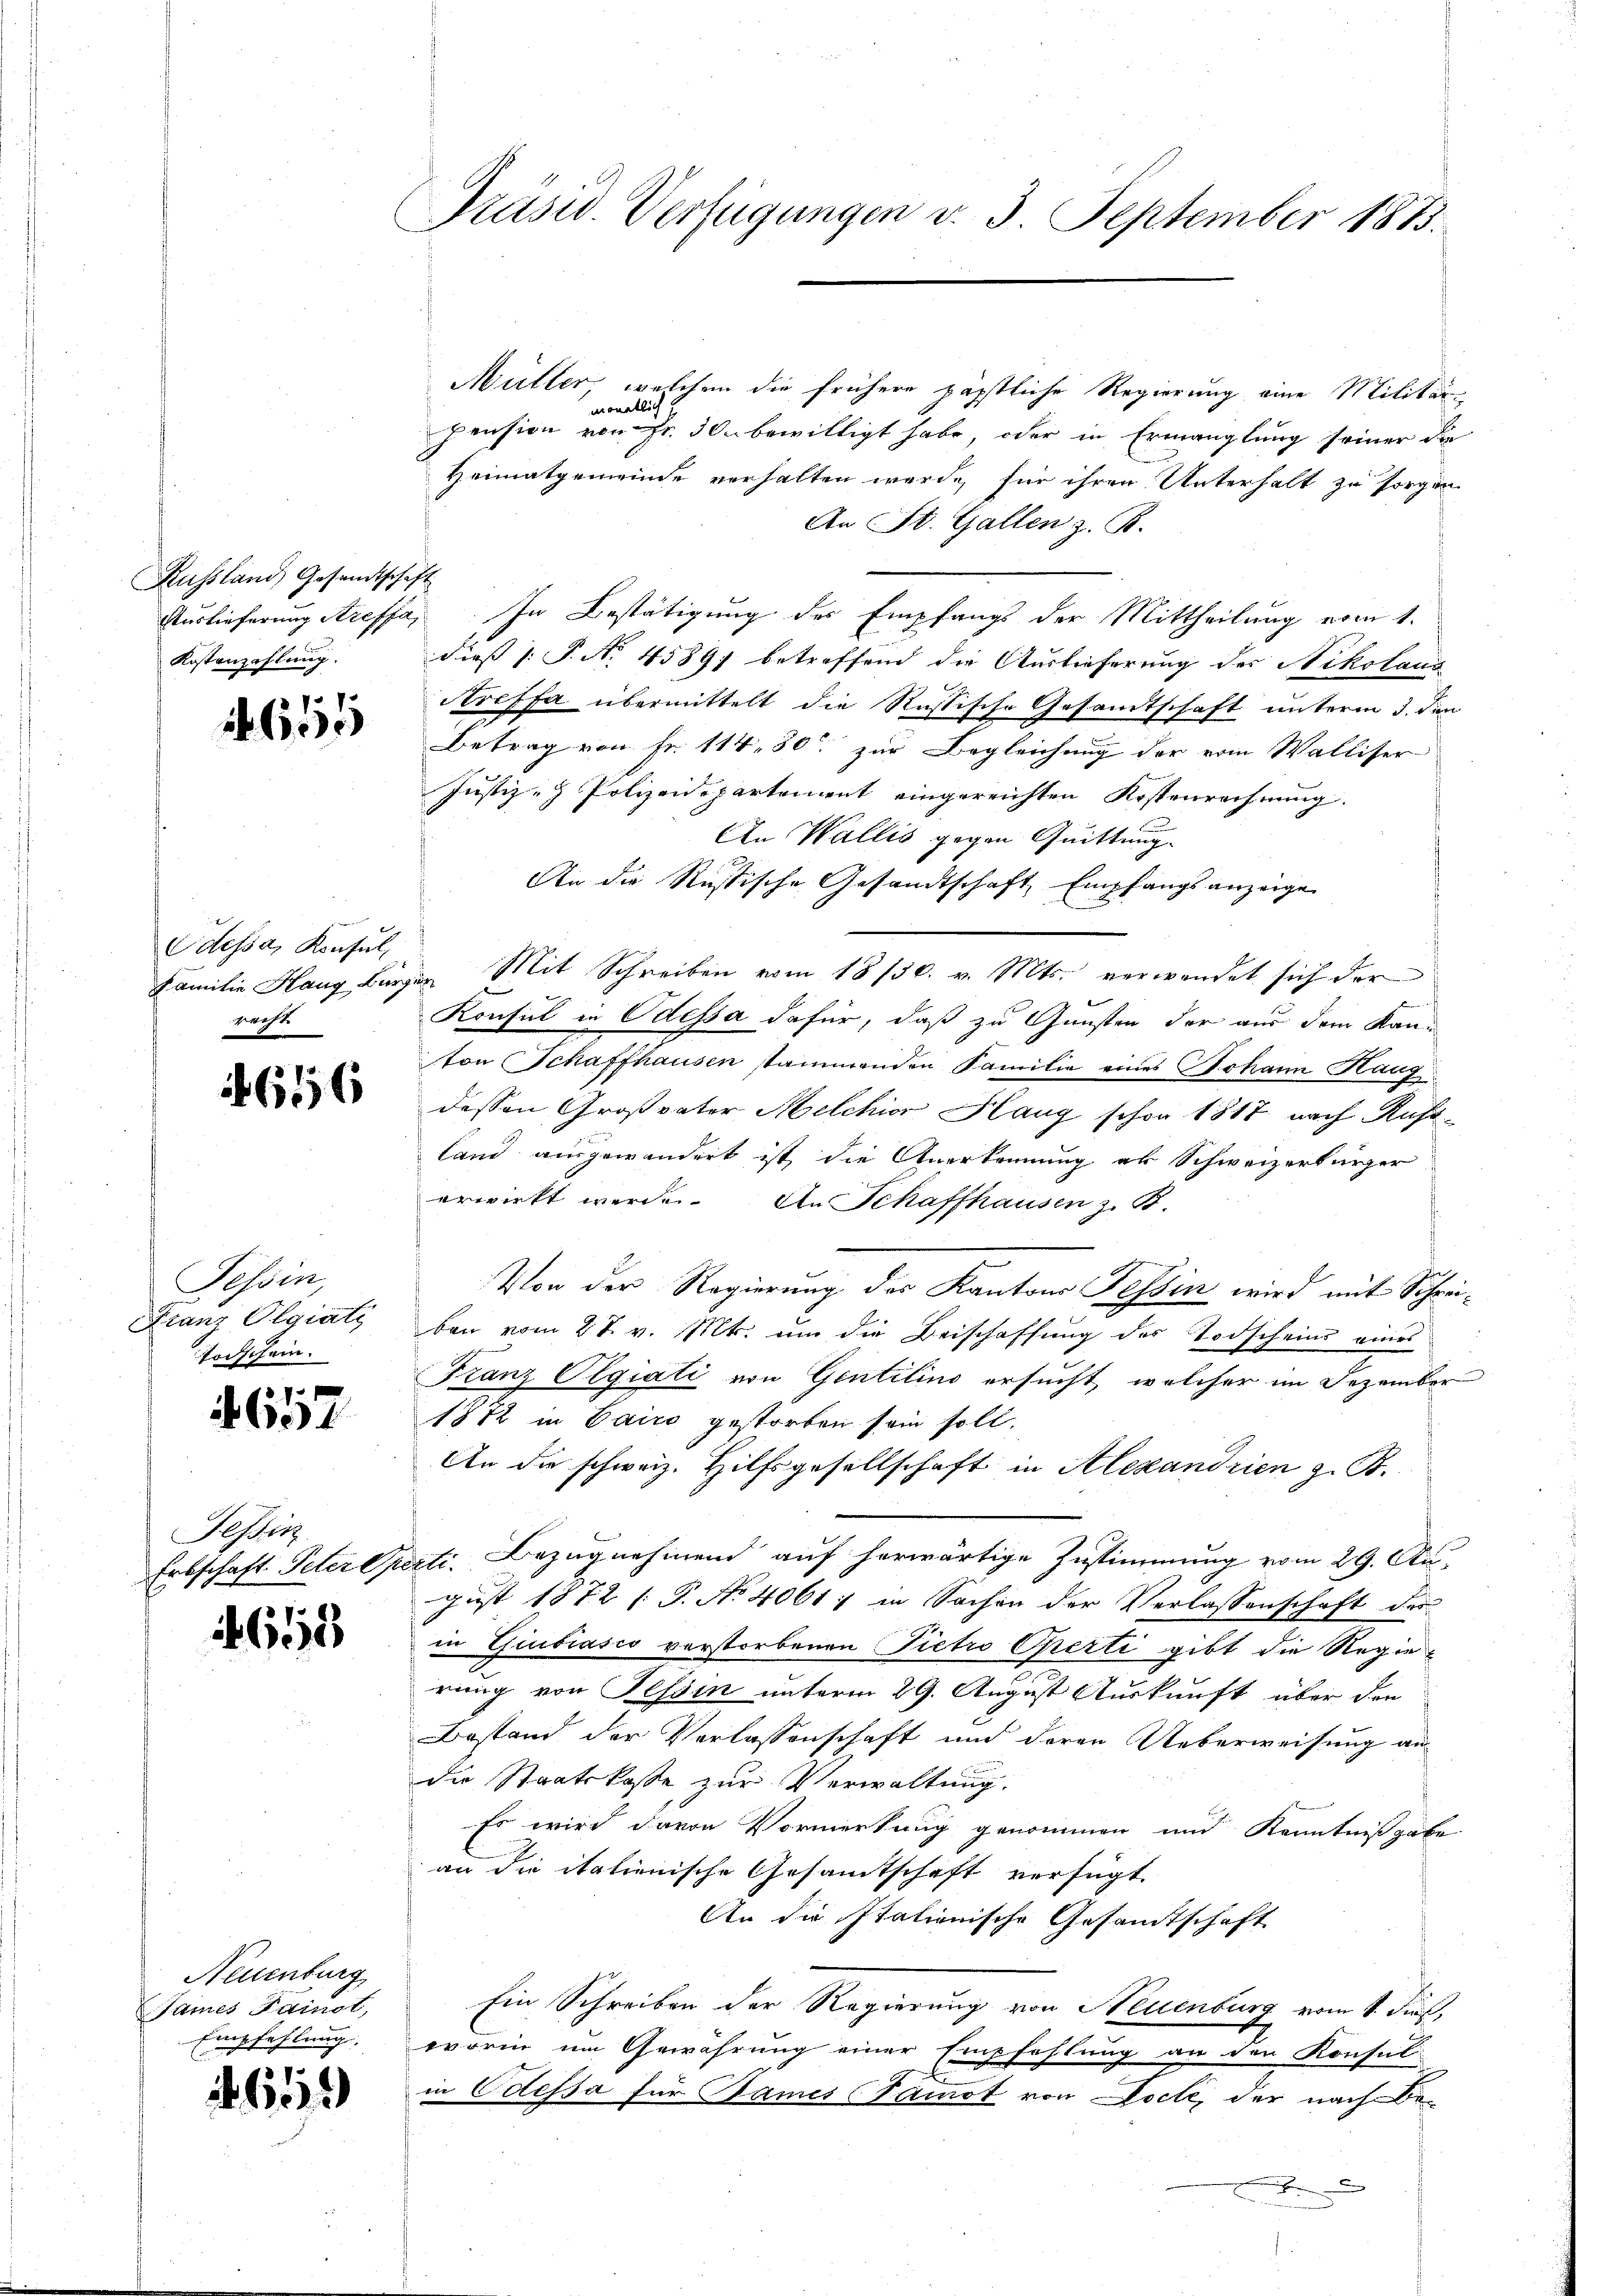
Russland, Gesandtschaft
Kostenzahlung.

1655

Odessa, Konsul,
reeht

1656

Tessin,
Franz Olgiati
Todschein.
f
461

Tessin
Erbschaft Peter p

1658

Neuenburg
Sames Tamot,
Empfehlung. |

652

Präsid. Verfügungen v. 3. September 1883.

Mütter, welchen die frühere päpstliche Regierung eine Militärmonatlich,
pension von Fr. 30. bewilligt habe, oder in Ermanglung seiner die
Heimatgemeinde verhalten werde, für ihren Unterhalt zu sorgen
An St. Gallen z. B.
Auslieferung Streffa, In Bestätigung des Empfangs der Mittheilung vom 1.
dies P. N. 45897 betreffend die Auslieferung des Nikolaus
Areffa übermittelt die Rustische Gesamtschaft unterm 3. den
Betrag von Fr. 114, 30. zur Begleichung der vom Walliser
Justiz- & Polizeidepartement eingereichten Kostenrechnung.
An Wallis gegen Quittung.
An die Rustische Gesandtschaft Empfangsanzeige
Familie Hang Bürger Mit Schreiben vom 18/30. v. Mts. verwendet sich der
Konsul in Odessa dafür, daß zu Gunsten der aus dem Kanton Schaffhausen stammenden Familie eines Johann Haug
dessen Großvater Melchior Haug schon 1817 nach Rufstand ausgewandert ist die Anerkennung an Schweizerbürger
erwirkt werde. An Schaffhausen z. B.
Von der Regierung des Kantons Tessin wird mit Schreiben vom 27. v. Mts. um die Beischaffung des Todscheins eines
Franz Olgiati von Gentilino ersucht, welcher im Dezember
1812 in Cairo gestorben sein soll.
An die schweiz. Hilfsgesellschaft in Alexandrien z. B.
zti. Bezugnahmend auf herwärtige Zustimmung vom 29. August 1872 /: P. No 4061 : in Sachen der Verlassenschaft der
in Giubiasco verstorbenen Pietro Operti gibt die Regierung von Tessin unterm 29. August Auskunft über den
Bestand der Verlassenschaft und deren Ueberweisung an
die Staatskasse zur Verwaltung.
Es wird davon Vormerkung genommen und Kenntnißgabe
an die itationische Gesamtschaft verfügt
An die Itationische Gesamtschaft
Ein Schreiben der Regierung von Neuenburg vom 1. dieß,
worin um Gewährung einer Empfehlung an der Konsul-
in Odessa für James ammot von Docte, der nach Be¬